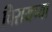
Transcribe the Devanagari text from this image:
चिरायच्या